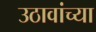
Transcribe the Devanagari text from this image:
उठावांच्या